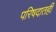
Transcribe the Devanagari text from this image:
परिषदातही